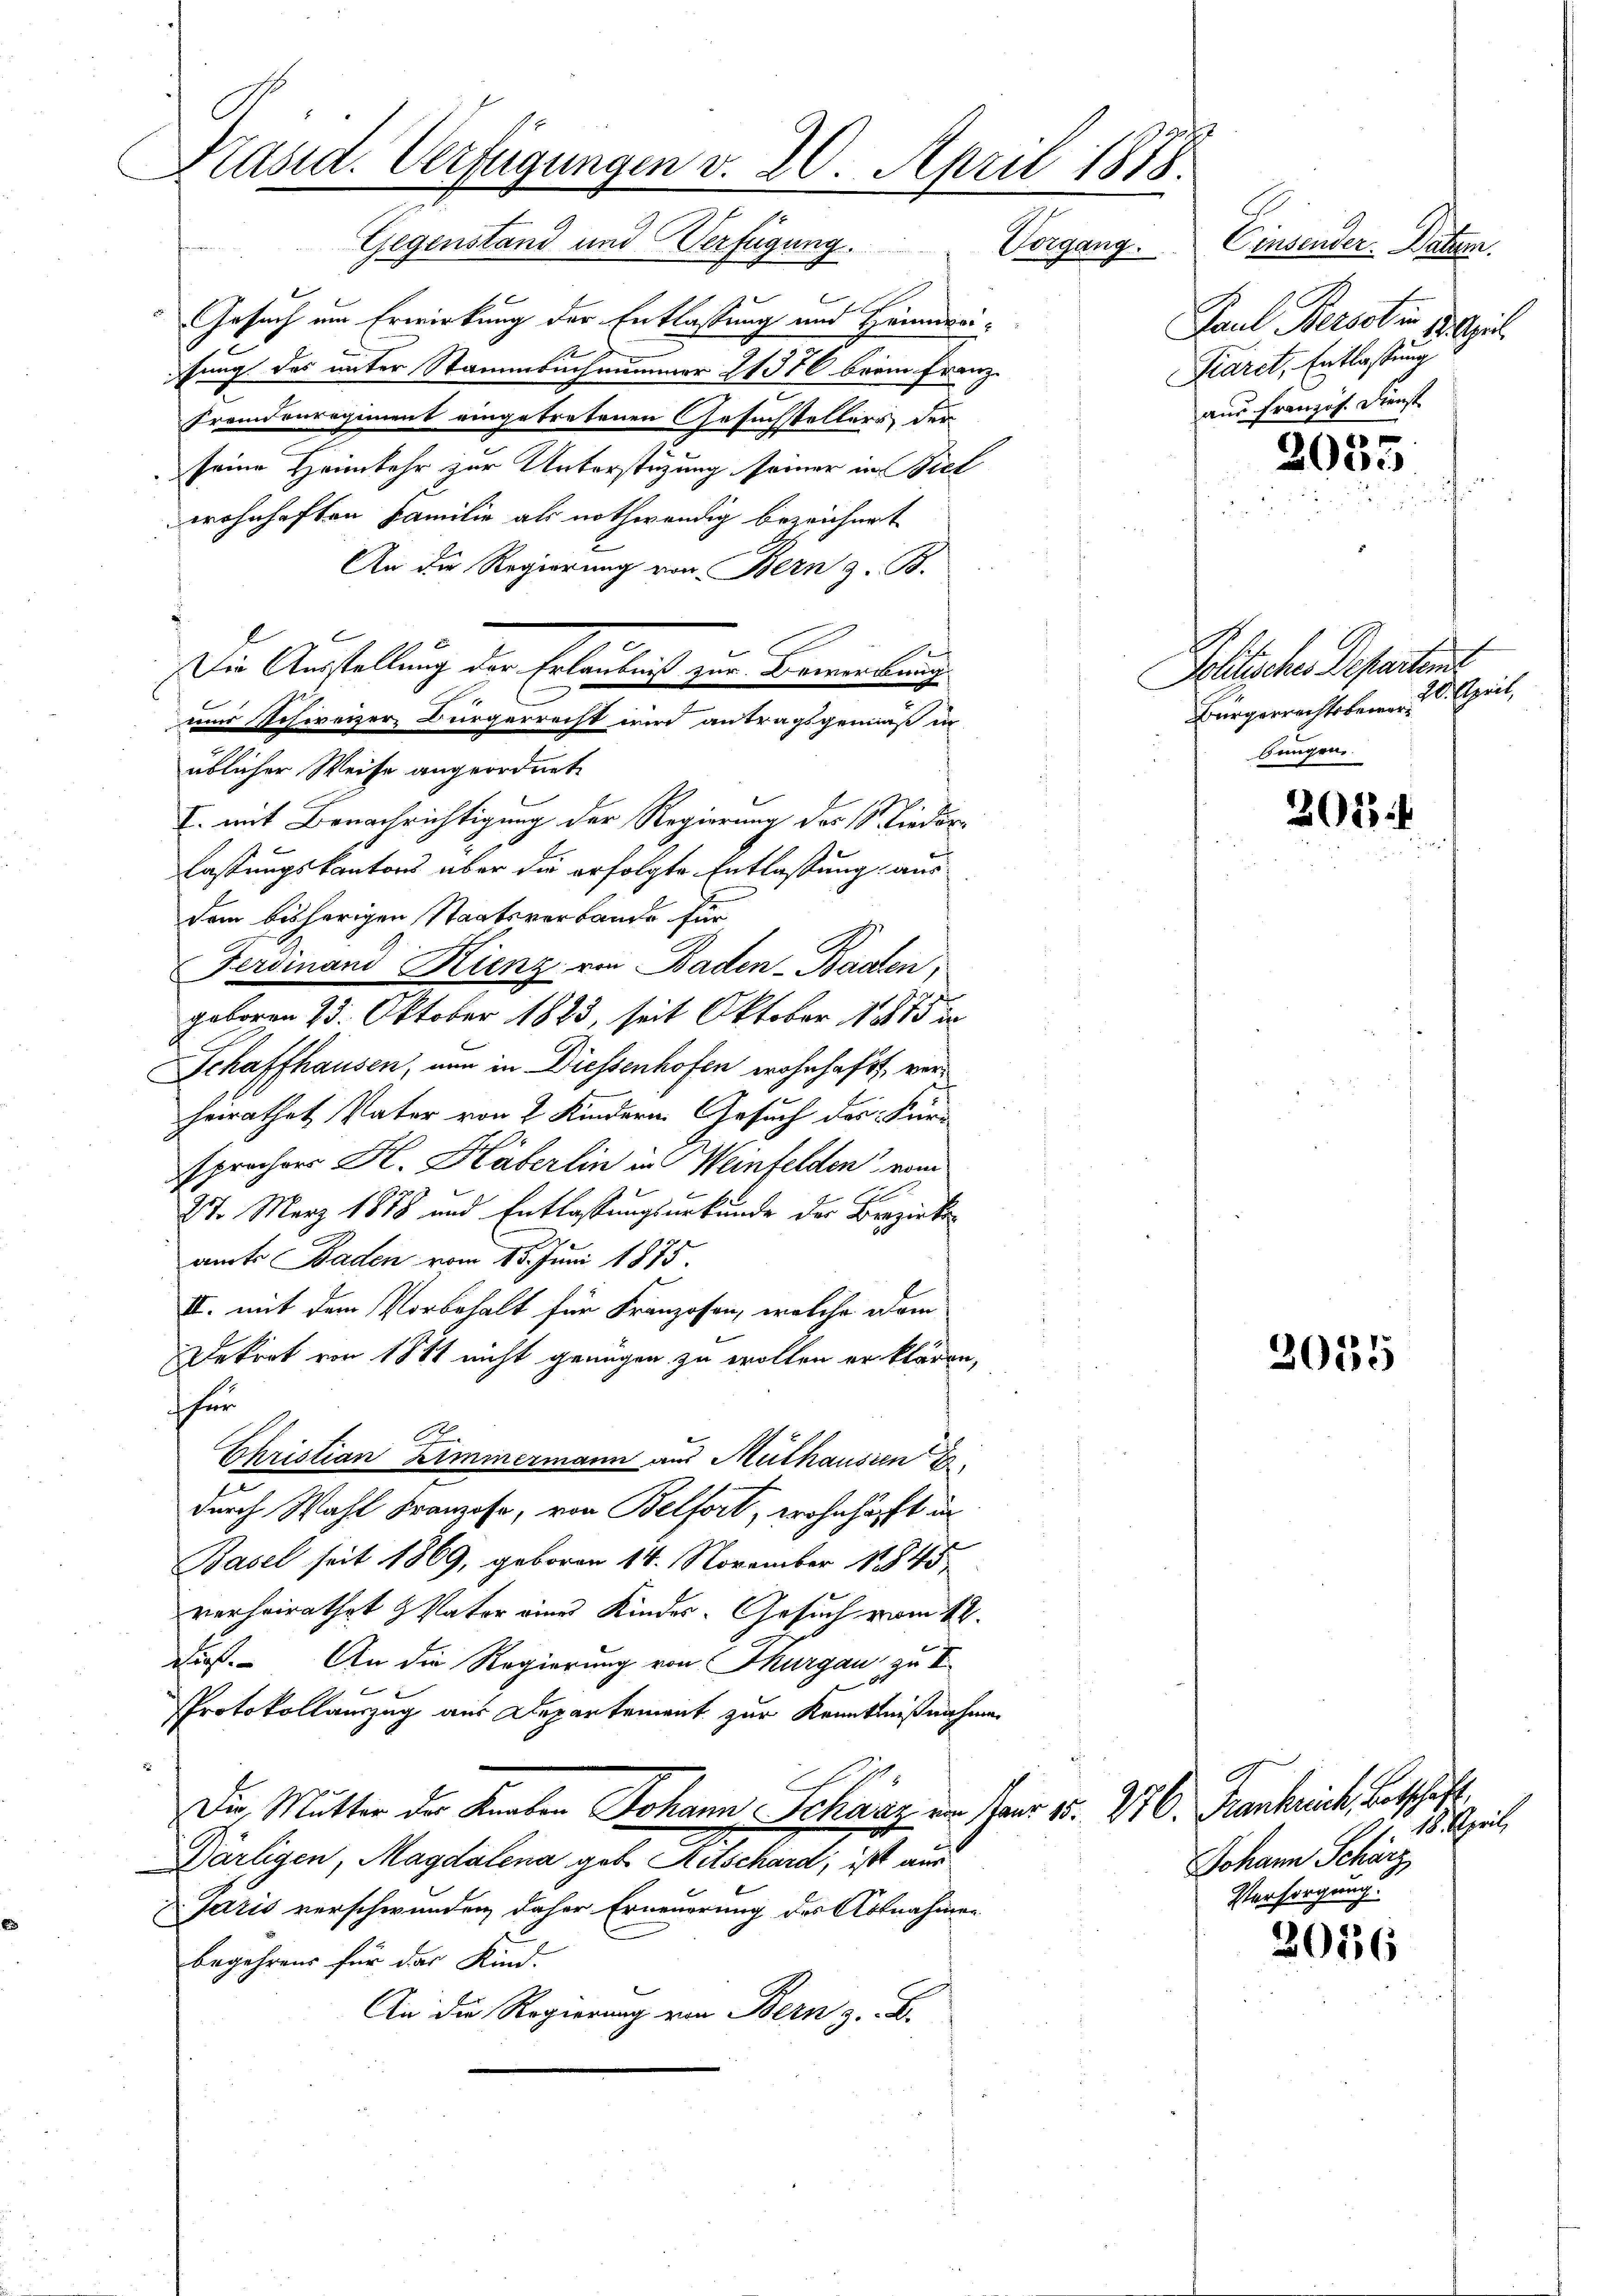
Kläsid. Verfügungen v. 20. April 1888.
J.
Gegenstand und Verfügung. Vorgang.

Gesuch um Erwirkung der Entlassung und Heimreifung des unter Stammbuchnummer 21376 beim Franz.
Fremdenregiment eingetretenen Gesuchstellers der
seine Heimkehr zur Unterstüzung seiner in Biel
wohnhaften Familie als nothwendig bezeichnet
An die Regierung von Bern z. B.
Die Anstellung der Erlaubnis zur Bewirkung
nur Schweizer, Bürgerrecht wird antragsgemäß in
üblicher Weise angeordnet
I. mit Benachrichtigung der Regierung des St. Liederlaßungskantons über die erfolgte Entlassung aus
dem bisherigen Staatsverbande für
Ferdinand Hienz von Baden-Baden,
geboren 23. Oktober 1883, seit Oktober 1875 i
Schaffhausen, nun in Diessenhofen wohnhaft, verheirathet Vater von 2 Kindern Gesuch des Für-
sprochens H. Häberlin in Weinfelden von
27. März 1888 und Entlassungsurkunde der Bezirke
amts Baden vom 15. Juni 1875.
II. mit dem Vorbehalt für Franzosen, welche dem
Dekret von 1881 nicht genügen zu wollen erklären,
für
Christian Zimmermann aus Mülhausien E
durch Wahl Franzose, von Belfort, wohnhaft in
Basel seit 1869, geboren 14. November 18845
verheirathet Vater eines Kinder- Gesuch vom 12.
Duß. An die Regierung von Thurgau zu I
Protokollauszug aus Departement zur Kenntnißnahme
Die Mutter der Knaben Johann Schanz im Herr u. V.
Därligen, Magdalena geb. Ritschard, ist aus
Jaris verschwunden, daher Erneuerung des Abtnahmen
begehrens für das Kind.
An die Regierung von Bern z. B.

Consender. Datum.
Paul Persohin 17. April
Piaret, Entlassung
aus französ. Dienst

2055

Jolitischen Departens
20. April,
Bürgerrechtsbewor
bungen

202

2035

C. Frankreich, Betschäft.
. 18. April,
Johann Schätz
Versorgung.

2016